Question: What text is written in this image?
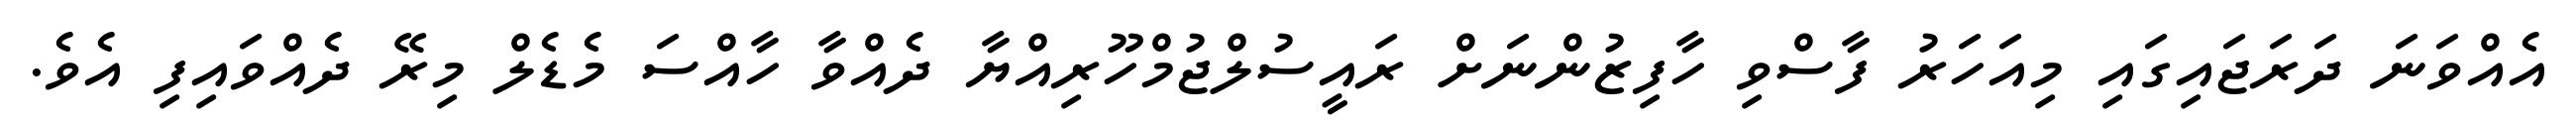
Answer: އެއްވަނަ ދަރަޖައިގައި މިއަހަރު ފާސްވި ހާފިޒުންނަށް ރައީސުލްޖުމްހޫރިއްޔާ ދެއްވާ ހާއްސަ މެޑެލް މިރޭ ދެއްވައިފި އެވެ.